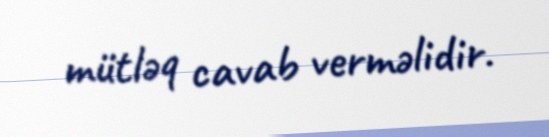
mütləq cavab verməlidir.